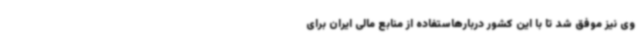
وی نیز موفق شد تا با این کشور دربارهاستفاده از منابع مالی ایران برای